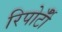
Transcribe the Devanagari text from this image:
रिपोर्टोँं